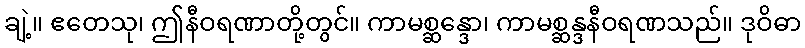
ချဲ့။ ဧတေသု၊ ဤနီဝရဏာတို့တွင်။ ကာမစ္ဆန္ဒော၊ ကာမစ္ဆန္ဒနီဝရဏသည်။ ဒုဝိဓာ